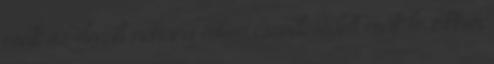
csak az elmúlt néhány évben csendesedett csak le. Ekkor